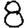
Digit: 8